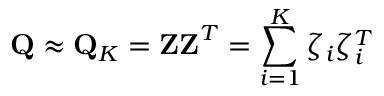
\mathbf { Q } \approx \mathbf { Q } _ { K } = \mathbf { Z Z } ^ { T } = \sum _ { i = 1 } ^ { K } \zeta _ { i } \zeta _ { i } ^ { T }